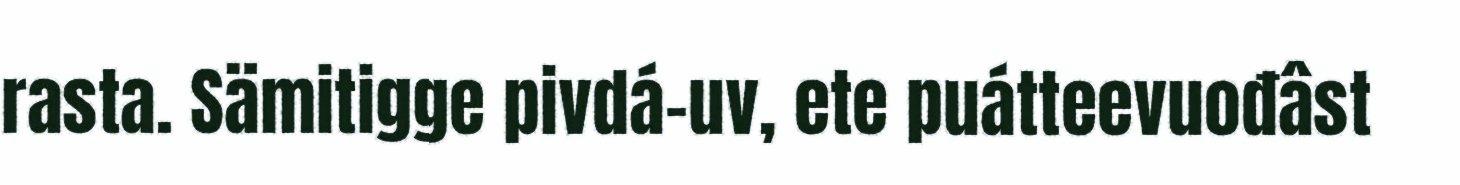
rasta. Sämitigge pivdá-uv, ete puátteevuođâst